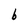
Character: b